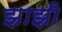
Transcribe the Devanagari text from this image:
झाझी